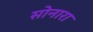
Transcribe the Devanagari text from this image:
सोनारा